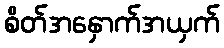
စိတ်အနှောက်အယှက်